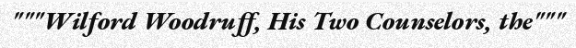
"""Wilford Woodruff, His Two Counselors, the"""